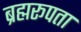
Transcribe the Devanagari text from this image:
ब्रह्मरूपता